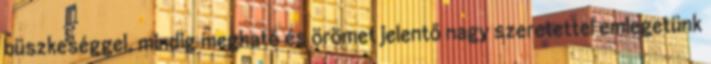
büszkeséggel, mindig megható és örömet jelentő nagy szeretettel emlegetünk